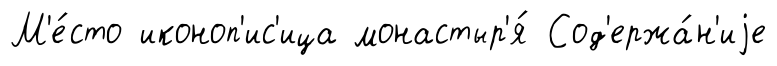
М'е́сто иконоп'ис'ица монастыр'я́ Сод'ержа́н'иjе